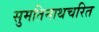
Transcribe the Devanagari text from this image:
सुमतिनाथचरित